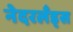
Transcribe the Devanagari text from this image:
नेदरलँड्‌स